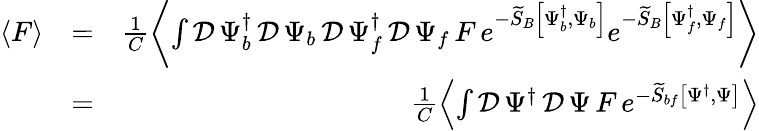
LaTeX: \begin{array}{rlr}{\left\langle F\right\rangle}&{=}&{\frac{1}{C}\left\langle\int\mathcal{D}\, \Psi_{b}^{\dagger}\, \mathcal{D}\, \Psi_{b}\, \mathcal{D}\, \Psi_{f}^{\dagger}\, \mathcal{D}\, \Psi_{f}\, F\, e^{-\widetilde{S}_{B}\left[\Psi_{b}^{\dagger},\Psi_{b}\right]}e^{-\widetilde{S}_{B}\left[\Psi_{f}^{\dagger},\Psi_{f}\right]}\right\rangle}\\ &{=}&{\frac{1}{C}\left\langle\int\mathcal{D}\, \Psi^{\dagger}\, \mathcal{D}\, \Psi\, F\, e^{-\widetilde{S}_{bf}\left[\Psi^{\dagger},\Psi\right]}\right\rangle}\end{array}